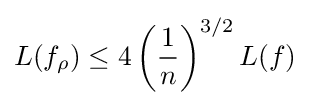
L(f_{\rho })\leq 4\left({\frac {1}{n}}\right)^{3/2}L(f)